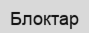
Блоктар